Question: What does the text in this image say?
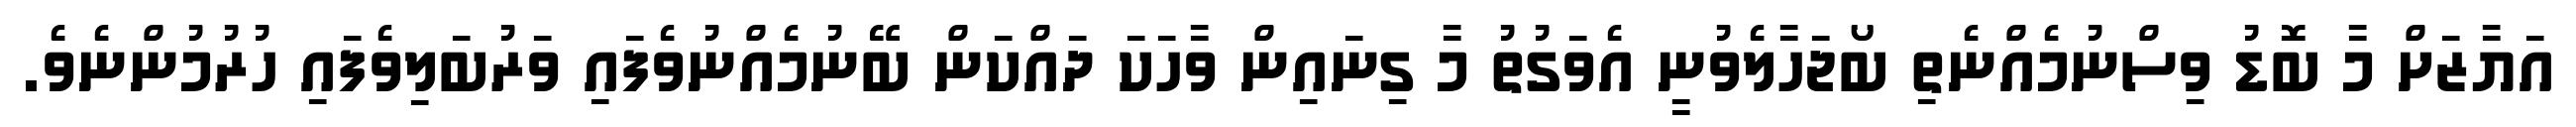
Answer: އަޔާޒަށް މާ ބޮޑު ވިސްނުމެއްނެތި ބޯޖަހާލެވުނީ އެވަގުތު މާ ގިނައިން ވާހަކަ ދައްކަން ބޭނުމެއްނުވެފައި ވަރުބަލިވެފައި ހުރުމުންނެވެ.